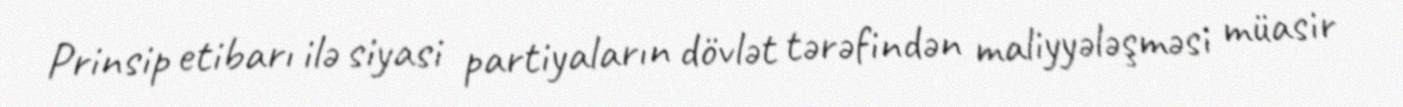
Prinsip etibarı ilə siyasi partiyaların dövlət tərəfindən maliyyələşməsi müasir